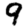
Digit: 9